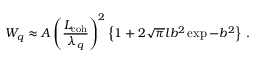
W _ { q } \approx A \left( \frac { L _ { \mathrm { c o h } } } { \lambda _ { q } } \right) ^ { 2 } \left\{ 1 + 2 \sqrt { \pi } l b ^ { 2 } \exp { - b ^ { 2 } } \right\} \, .